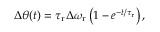
\Delta \theta ( t ) = \tau _ { \mathrm { r } } \Delta \omega _ { \mathrm { r } } \left( 1 - e ^ { - t / \tau _ { \mathrm { r } } } \right) ,